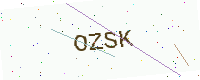
Text: OZSK